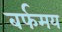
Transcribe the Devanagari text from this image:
बर्फमय